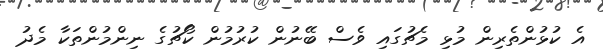
އެ ކުޅުންތެރިން މުޅި މެޗުގައި ވެސް ބޭނުން ކުރުމުން ކޯޗުގެ ނިންމުންތަކާ މެދު